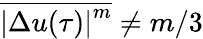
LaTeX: \overline{{{\vert\Delta u(\tau)\vert}^{m}}}\neq m/3